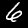
Label: 6